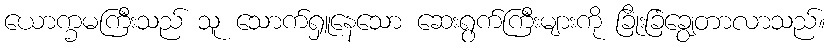
ယောက္ခမကြီးသည် သူ သောက်ရှူနေသော ဆေးရွက်ကြီးများကို ခြိုးခြံချွေတာလာသည်။